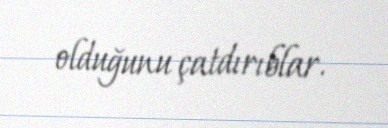
olduğunu çatdırıblar.